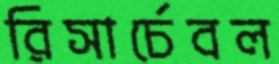
রিসার্চেবল